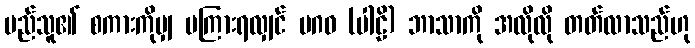
မည်သူ၏ စကားကိုမျှ မကြားရလျှင် မဂဓ (ပါဠိ) ဘာသာကို အလိုလို တတ်လာသည်ဟု